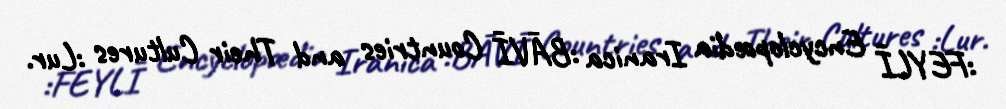
:FEYLĪ Encyclopædia Iranica :BĀVĪ Countries and Their Cultures :Lur.